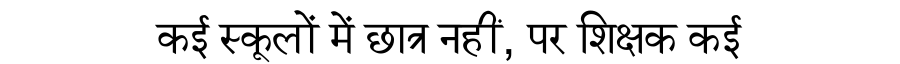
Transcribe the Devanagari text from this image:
कई स्कूलों में छात्र नहीं, पर शिक्षक कई